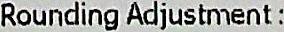
ROUNDING ADJUSTMENT :